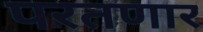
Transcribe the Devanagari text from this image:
परतणार